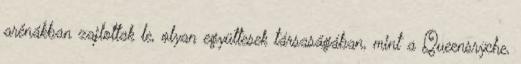
arénákban zajlottak le, olyan együttesek társaságában, mint a Queensrÿche,